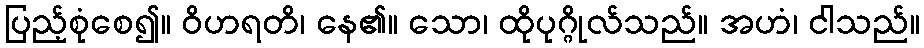
ပြည့်စုံစေ၍။ ဝိဟရတိ၊ နေ၏။ သော၊ ထိုပုဂ္ဂိုလ်သည်။ အဟံ၊ ငါသည်။